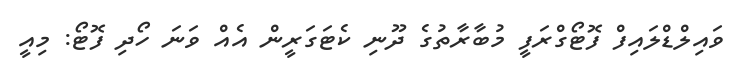
ވައިލްޑްލައިފް ފޮޓޯގްރަފީ މުބާރާތުގެ ދޫނި ކެޓަގަރީން އެއް ވަނަ ހޯދި ފޮޓޯ: މިއީ